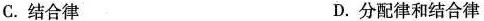
C.结合律 D.分配律和结合律